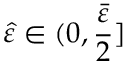
\hat { \varepsilon } \in ( 0 , \frac { \bar { \varepsilon } } { 2 } ]